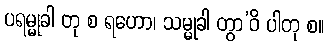
ပရမ္မုခါ တု စ ရဟော၊ သမ္မုခါ တွာ’ဝိ ပါတု စ။